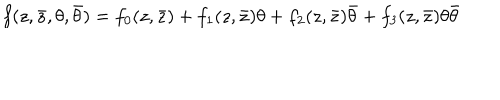
LaTeX: f ( z , \bar { z } , \theta , \bar { \theta } ) = f _ { 0 } ( z , \bar { z } ) + f _ { 1 } ( z , \bar { z } ) \theta + f _ { 2 } ( z , \bar { z } ) \bar { \theta } + f _ { 3 } ( z , \bar { z } ) \theta \bar { \theta }